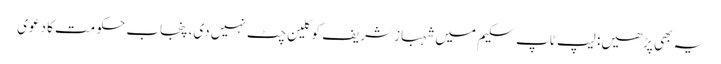
یہ بھی پڑھیں: لیپ ٹاپ سکیم میں شہباز شریف کو کلین چٹ نہیں دی، پنجاب حکومت کا دعوی